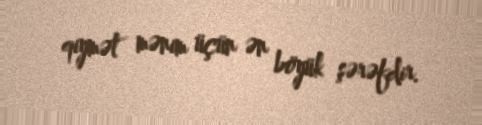
qiymət mənim üçün ən böyük şərəfdir.